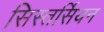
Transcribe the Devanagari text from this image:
सिस्तर्सियन